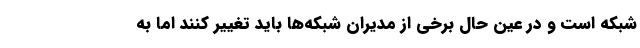
شبکه است و در عین حال برخی از مدیران شبکه‌ها باید تغییر کنند اما به